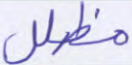
مظلل